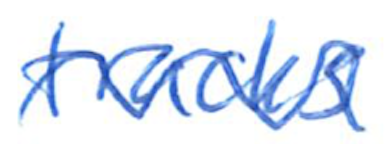
Text: tracks
Cross-out: wave
Writing tool: ballpoint